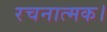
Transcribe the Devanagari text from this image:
रचनात्मक।